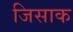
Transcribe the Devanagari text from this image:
जिसाक